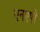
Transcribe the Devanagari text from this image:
एनएपी